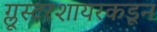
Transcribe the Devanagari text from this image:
ग्लूस्टरशायरकडून